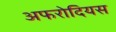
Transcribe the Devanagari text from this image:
अफरोदियस